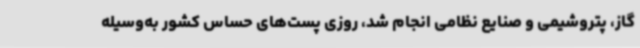
گاز، پتروشیمی و صنایع نظامی انجام شد، روزی پست‌های حساس کشور به‌وسیله